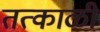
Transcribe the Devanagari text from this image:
तत्काळी